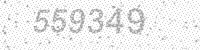
Solution: 559349